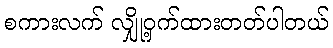
စကားလက် လျှို့ဝှက်ထားတတ်ပါတယ်